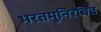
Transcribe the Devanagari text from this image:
भरतमुनिरचित